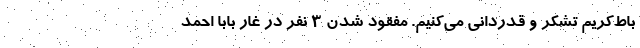
باط‌کریم تشکر و قدردانی می‌کنیم. مفقود شدن 3 نفر در غار بابا احمد